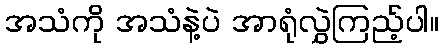
အသံကို အသံနဲ့ပဲ အာရုံလွှဲကြည့်ပါ။